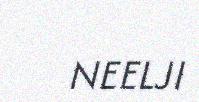
NEELJI